Scottish Leaving Certificate Examination, 1954
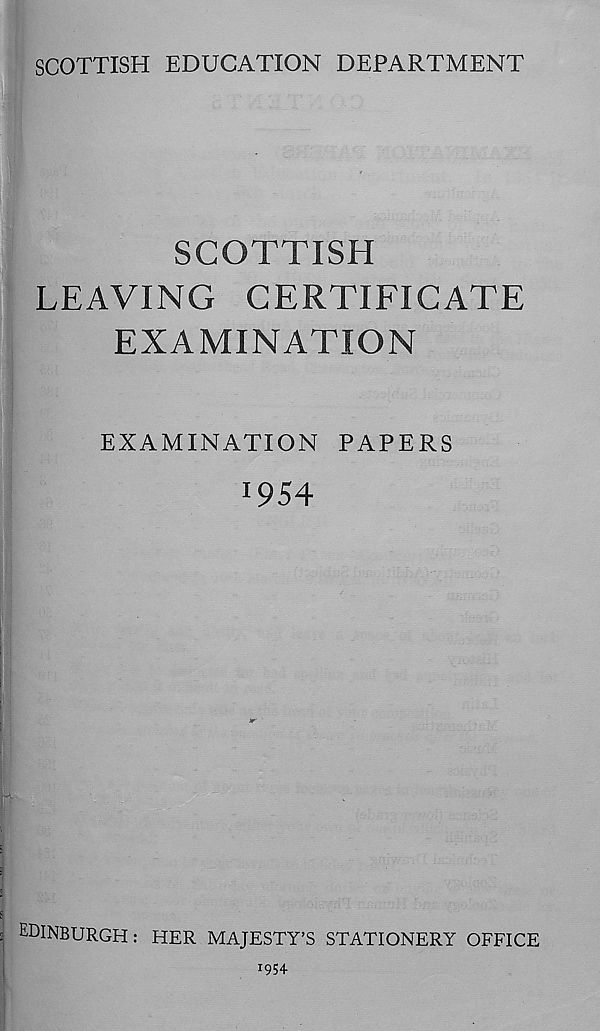
SCOTTISH EDUCATION DEPARTMENT
SCOTTISH
LEAVING CERTIFICATE
EXAMINATION
EXAMINATION PAPERS
!954
EDINBURGH: HER MAJESTY'S STATIONERY OFFICE
I 95+